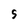
Character: S